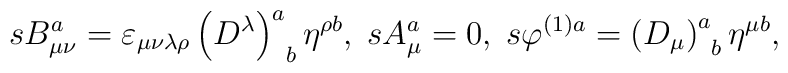
sB_{\mu \nu }^a=\varepsilon _{\mu \nu \lambda \rho }\left(D^\lambda \right) _{\;\;b}^a\eta ^{\rho b},\;sA_\mu ^a=0,\;s\varphi^{(1)a}=\left( D_\mu \right) _{\;\;b}^a\eta ^{\mu b},